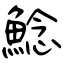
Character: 鯰